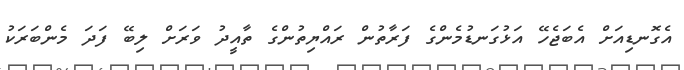
އެގޮނޑިއަށް އެބަޖެހޭ އަޅުގަނޑުމެންގެ ފަރާތުން ރައްޔިތުންގެ ތާއީދު ވަރަށް ލިބޭ ފަދަ މެންބަރަކު